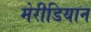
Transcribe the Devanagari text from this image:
मेरीडियान